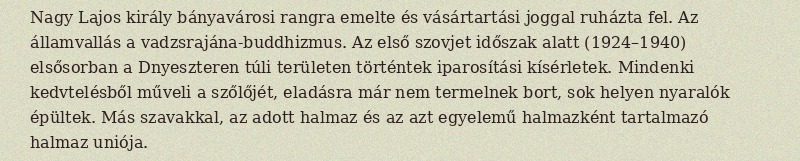
Nagy Lajos király bányavárosi rangra emelte és vásártartási joggal ruházta fel. Az államvallás a vadzsrajána-buddhizmus. Az első szovjet időszak alatt (1924–1940) elsősorban a Dnyeszteren túli területen történtek iparosítási kísérletek. Mindenki kedvtelésből műveli a szőlőjét, eladásra már nem termelnek bort, sok helyen nyaralók épültek. Más szavakkal, az adott halmaz és az azt egyelemű halmazként tartalmazó halmaz uniója.